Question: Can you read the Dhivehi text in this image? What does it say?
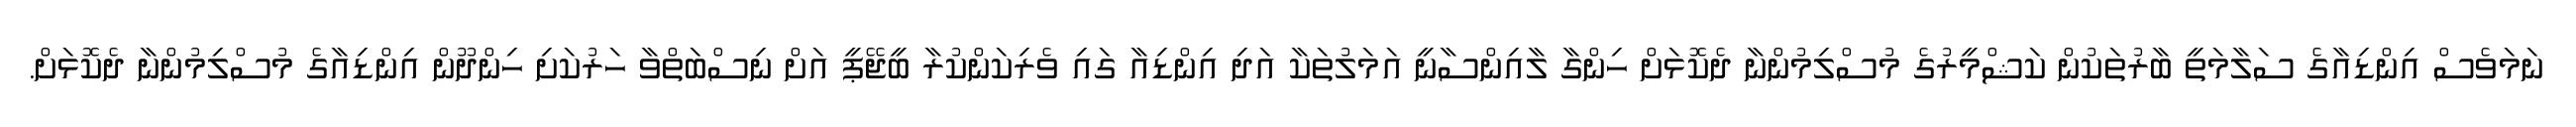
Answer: ނަމަވެސް އިންޑިއާގެ ސަލާމަތީ ބާރުތަކުން ކަޝްމީރުގެ މުސްލިމުންނާ ދެކޮޅަށް ހިންގާ ލާއިންސާނީ އަމަލުތަކާ އަދި އިންޑިއާ ގައި ވެރިކަންކުރާ ބީޖޭޕީ އަށް ނިސްބަތްވާ ހަރުކަށި ހިންދޫން އިންޑިއާގެ މުސްލިމުންނާ ދެކޮޅަށް.